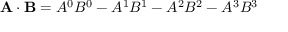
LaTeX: \mathbf { A } \cdot \mathbf { B } = A ^ { 0 } B ^ { 0 } - A ^ { 1 } B ^ { 1 } - A ^ { 2 } B ^ { 2 } - A ^ { 3 } B ^ { 3 }